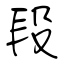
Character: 段